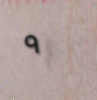
٩